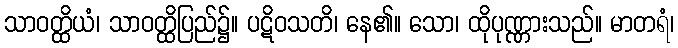
သာဝတ္ထိယံ၊ သာဝတ္ထိပြည်၌။ ပဋိဝသတိ၊ နေ၏။ သော၊ ထိုပုဏ္ဏားသည်။ မာတရံ၊